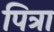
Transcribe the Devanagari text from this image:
पित्रा